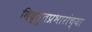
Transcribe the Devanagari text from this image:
विद्युतप्रभारांच्या